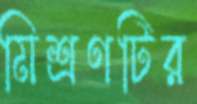
মিশ্রণটির